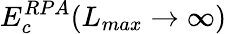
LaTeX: E_{c}^{RPA}(L_{max}\rightarrow{\infty})